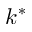
k ^ { * }